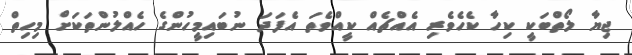
ޖިޔާ ލޯތްބަކީ ކިހާ ކެހެވެރި އެއްޗެއް ކީއްވެތަ އެފަދަ ނުބައިމީހުންގެ ހެއްލުންތަކަށް މިހިތް